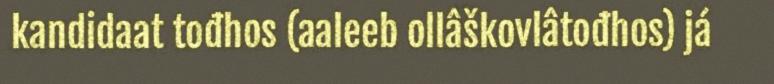
kandidaat tođhos (aaleeb ollâškovlâtođhos) já